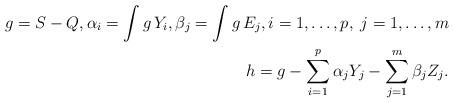
LaTeX: \begin{align*} g=S-Q,\alpha_i=\int g\,Y_i, \beta_j =\int g\,E_j,i=1,\ldots, p,\; j=1,\ldots, m\\ h=g-\sum_{i=1}^p\alpha_j Y_j-\sum_{j=1}^m \beta_jZ_j. \end{align*}